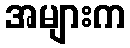
အများက